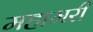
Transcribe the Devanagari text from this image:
महामरी